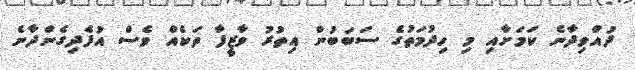
ދުއްވިދާނެ ކަމަށާއި މި ހިދުމަތުގެ ސަބަބުން އިތުރު ވާޒީފާ ތަކެއް ވެސް އުފެދިގެންދާނެ